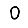
Digit: 0